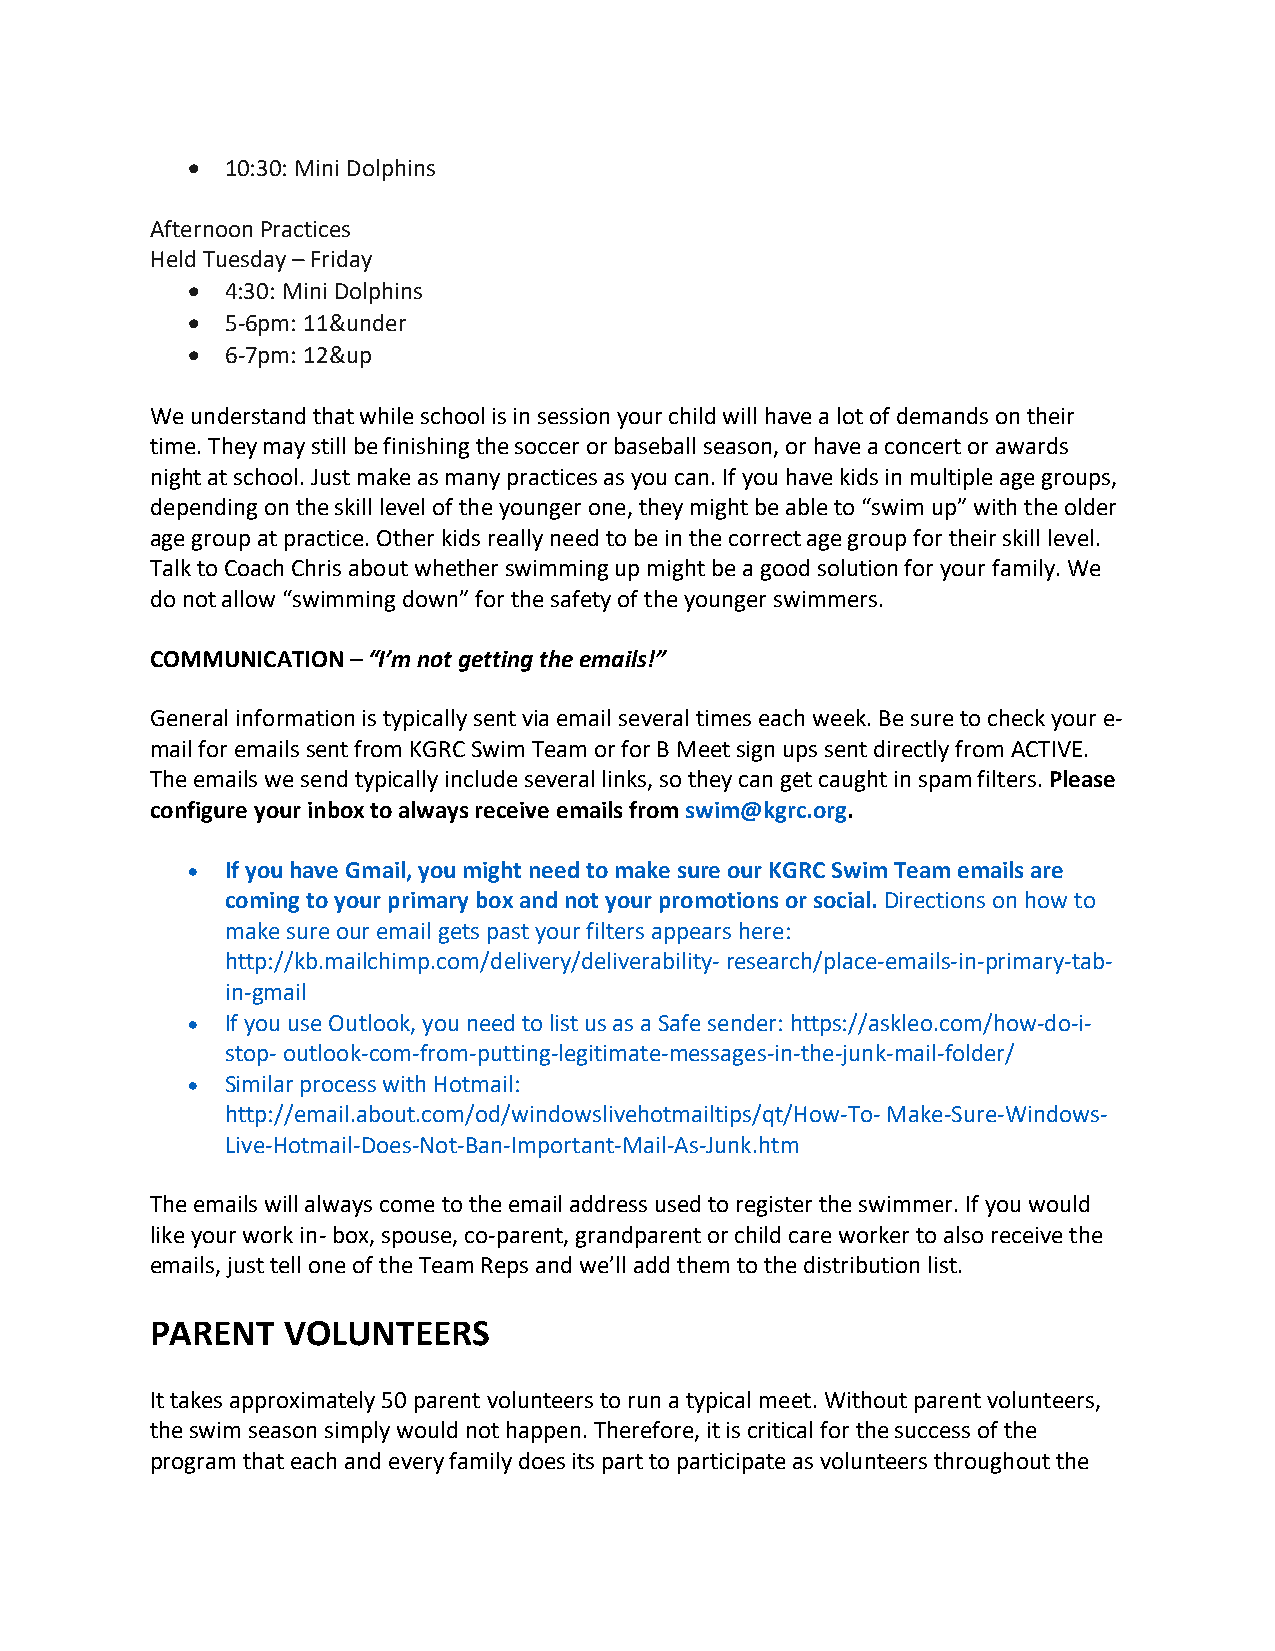
•  10:30: Mini Dolphins
 Afternoon Practices
 Held Tuesday – Friday
 •  4:30: Mini Dolphins
 •  5-6pm: 11&under
 •  6-7pm: 12&up
 We understand that while school is in session your child will have a lot of demands on their
 time. They may still be finishing the soccer or baseball season, or have a concert or awards
 night at school. Just make as many practices as you can. If you have kids in multiple age groups,
 depending on the skill level of the younger one, they might be able to “swim up” with the older
 age group at practice. Other kids really need to be in the correct age group for their skill level.
 Talk to Coach Chris about whether swimming up might be a good solution for your family. We
 do not allow “swimming down” for the safety of the younger swimmers.
 COMMUNICATION – “I’m not getting the emails!”
 General information is typically sent via email several times each week. Be sure to check your e-
 mail for emails sent from KGRC Swim Team or for B Meet sign ups sent directly from ACTIVE.
 The emails we send typically include several links, so they can get caught in spam filters. Please
 configure your inbox to always receive emails from swim@kgrc.org.
 •  If you have Gmail, you might need to make sure our KGRC Swim Team emails are
 coming to your primary box and not your promotions or social. Directions on how to
 make sure our email gets past your filters appears here:
 http://kb.mailchimp.com/delivery/deliverability- research/place-emails-in-primary-tab-
 in-gmail
 •  If you use Outlook, you need to list us as a Safe sender: https://askleo.com/how-do-i-
 stop- outlook-com-from-putting-legitimate-messages-in-the-junk-mail-folder/
 •  Similar process with Hotmail:
 http://email.about.com/od/windowslivehotmailtips/qt/How-To- Make-Sure-Windows-
 Live-Hotmail-Does-Not-Ban-Important-Mail-As-Junk.htm
 The emails will always come to the email address used to register the swimmer. If you would
 like your work in- box, spouse, co-parent, grandparent or child care worker to also receive the
 emails, just tell one of the Team Reps and we’ll add them to the distribution list.
 PARENT   VOLUNTEERS
 It takes approximately 50 parent volunteers to run a typical meet. Without parent volunteers,
 the swim season simply would not happen. Therefore, it is critical for the success of the
 program that each and every family does its part to participate as volunteers throughout the